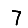
Digit: 7